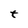
Character: t